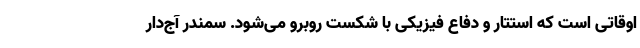
اوقاتی است که استتار و دفاع فیزیکی با شکست روبرو می‌شود. سمندر آج‌دار